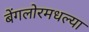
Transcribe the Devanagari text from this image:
बेंगलोरमधल्या